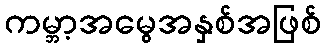
ကမ္ဘာ့အမွေအနှစ်အဖြစ်